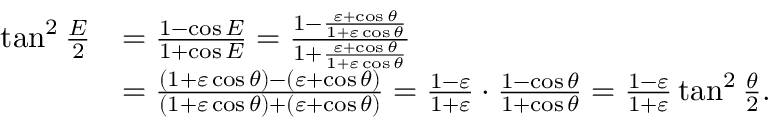
{ \begin{array} { r l } { \tan ^ { 2 } { \frac { E } { 2 } } } & { = { \frac { 1 - \cos E } { 1 + \cos E } } = { \frac { 1 - { \frac { \varepsilon + \cos \theta } { 1 + \varepsilon \cos \theta } } } { 1 + { \frac { \varepsilon + \cos \theta } { 1 + \varepsilon \cos \theta } } } } } \\ & { = { \frac { ( 1 + \varepsilon \cos \theta ) - ( \varepsilon + \cos \theta ) } { ( 1 + \varepsilon \cos \theta ) + ( \varepsilon + \cos \theta ) } } = { \frac { 1 - \varepsilon } { 1 + \varepsilon } } \cdot { \frac { 1 - \cos \theta } { 1 + \cos \theta } } = { \frac { 1 - \varepsilon } { 1 + \varepsilon } } \tan ^ { 2 } { \frac { \theta } { 2 } } . } \end{array} }